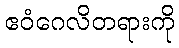
ဧဝံဂေလိတရားကို